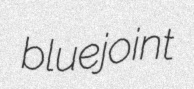
bluejoint